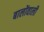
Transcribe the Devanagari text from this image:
बालोंवाली